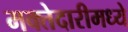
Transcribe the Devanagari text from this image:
मक्तेदारीमध्ये